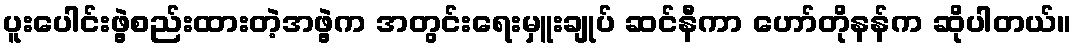
ပူးပေါင်းဖွဲ့စည်းထားတဲ့အဖွဲ့က အတွင်းရေးမှူးချုပ် ဆင်နီကာ ဟော်တိုနန်က ဆိုပါတယ်။